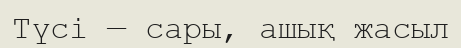
Түсі — сары, ашық жасыл